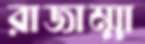
রাজাম্মা